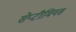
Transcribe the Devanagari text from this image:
सेप्टीमियस